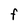
Character: F